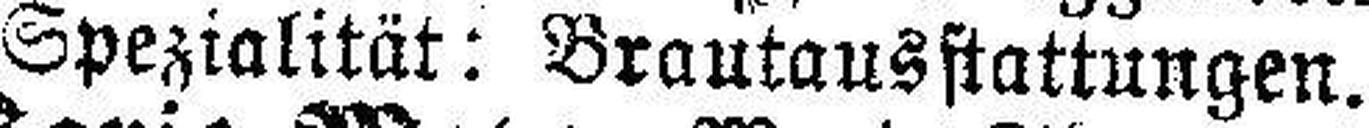
Spezialität: Brautausstattungen.